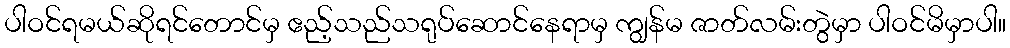
ပါဝင်ရမယ်ဆိုရင်တောင်မှ ဧည့်သည်သရုပ်ဆောင်နေရာမှ ကျွန်မ ဇာတ်လမ်းတွဲမှာ ပါဝင်မိမှာပါ။